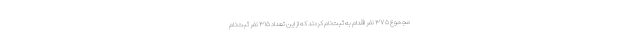
مجموع ۳۷۵ نفر اقدام به ثبت‌نام کردند که از این تعداد ۳۱۵ نفر ثبت‌نام